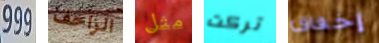
999 الزاحف مثل تركت إخفاق